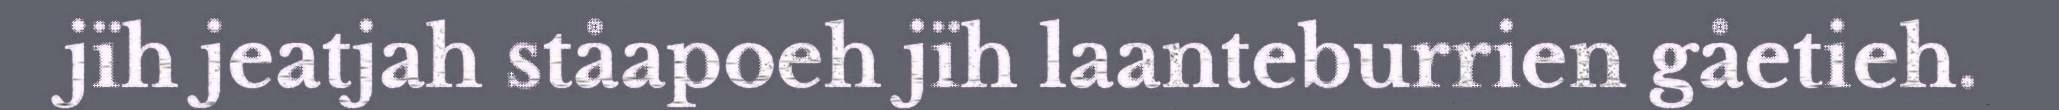
jïh jeatjah ståapoeh jïh laanteburrien gåetieh.